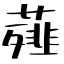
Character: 薤